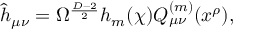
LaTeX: \hat { h } _ { \mu \nu } = \Omega ^ { \frac { D - 2 } { 2 } } h _ { m } ( \chi ) Q _ { \mu \nu } ^ { ( m ) } ( x ^ { \rho } ) ,